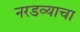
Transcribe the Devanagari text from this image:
नरडव्याचा